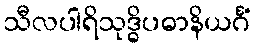
သီလပါရိသုဒ္ဓိပဓာနိယင်္ဂံ